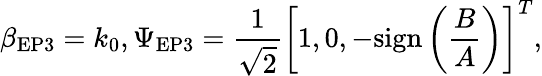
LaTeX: \beta_{\mathrm{EP3}}=k_{0},\Psi_{\mathrm{EP3}}=\frac{1}{\sqrt{2}}\left[1,0,-\mathrm{sign}\left(\frac{B}{A}\right)\right]^{T},